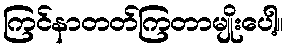
ကြင်နာတတ်ကြတာမျိုးပေါ့။